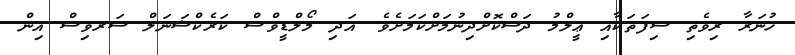
ހުނަރާ ރިވެތި ސިފަތަކާއި ޢީލްމު ދަސްކޮށްދިނުމަށްކަމަށެވެ. އަދި މޯލްޑީވްސް ކަރެކްޝަނަލް ސަރވިސް އިން